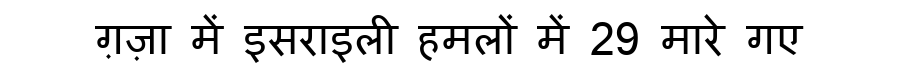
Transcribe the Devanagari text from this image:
ग़ज़ा में इसराइली हमलों में 29 मारे गए